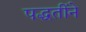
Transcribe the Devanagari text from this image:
पद्धतींने